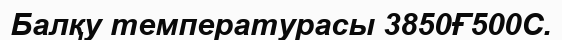
Балқу температурасы 3850Ғ500С.